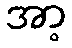
အာ့